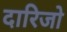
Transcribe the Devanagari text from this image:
दारिजो